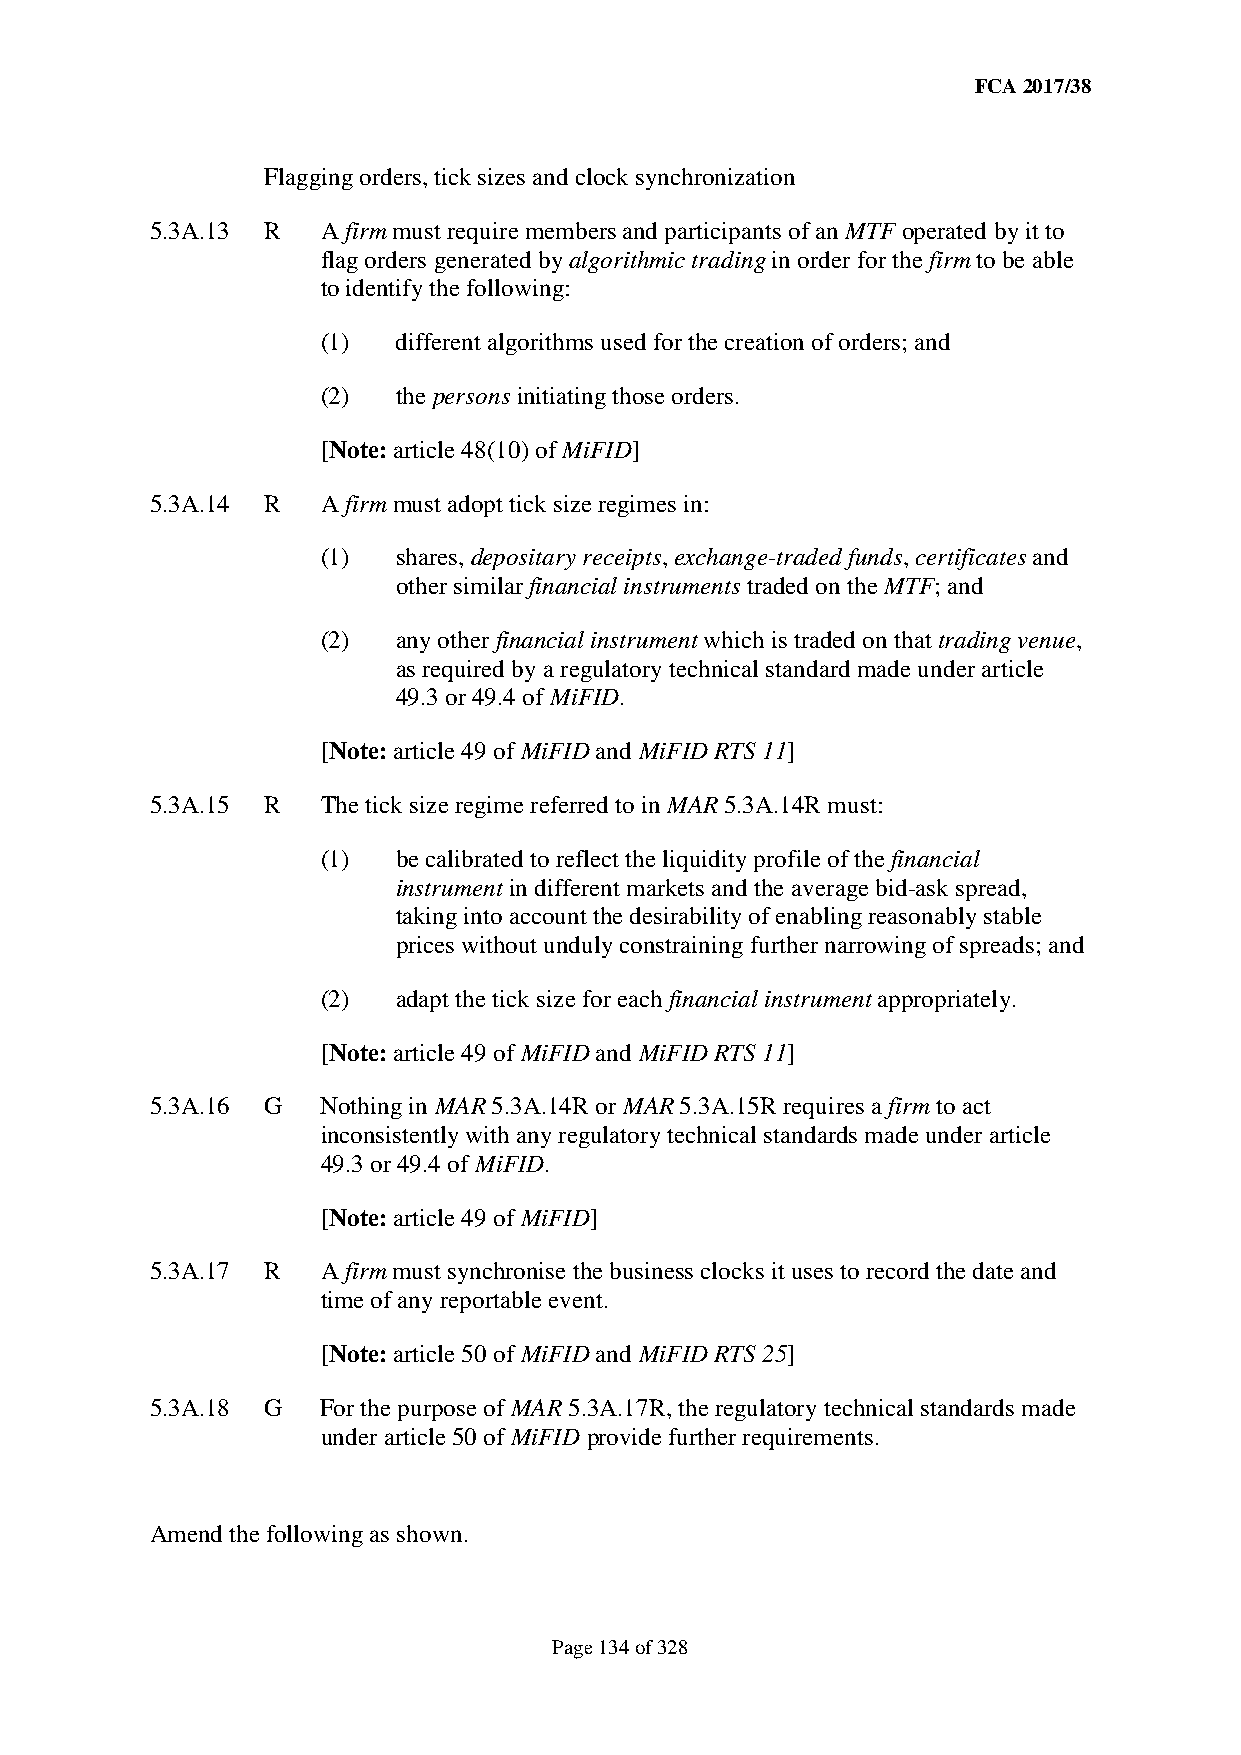
FCA 2017/38
 Flagging orders, tick sizes and clock synchronization
 5.3A.13 R  A firm must require members and participants of an MTF operated by it to
 flag orders generated by algorithmic trading in order for the firm to be able
 to identify the following:
 (1)  different algorithms used for the creation of orders; and
 (2)  the persons initiating those orders.
 [Note: article 48(10) of MiFID]
 5.3A.14 R  A firm must adopt tick size regimes in:
 (1)  shares, depositary receipts, exchange-traded funds, certificates and
 other similar financial instruments traded on the MTF; and
 (2)  any other financial instrument which is traded on that trading venue,
 as required by a regulatory technical standard made under article
 49.3 or 49.4 of MiFID.
 [Note: article 49 of MiFID and MiFID RTS 11]
 5.3A.15 R  The tick size regime referred to in MAR 5.3A.14R must:
 (1)  be calibrated to reflect the liquidity profile of the financial
 instrument in different markets and the average bid-ask spread,
 taking into account the desirability of enabling reasonably stable
 prices without unduly constraining further narrowing of spreads; and
 (2)  adapt the tick size for each financial instrument appropriately.
 [Note: article 49 of MiFID and MiFID RTS 11]
 5.3A.16 G  Nothing in MAR 5.3A.14R or MAR 5.3A.15R requires a firm to act
 inconsistently with any regulatory technical standards made under article
 49.3 or 49.4 of MiFID.
 [Note: article 49 of MiFID]
 5.3A.17 R  A firm must synchronise the business clocks it uses to record the date and
 time of any reportable event.
 [Note: article 50 of MiFID and MiFID RTS 25]
 5.3A.18 G  For the purpose of MAR 5.3A.17R, the regulatory technical standards made
 under article 50 of MiFID provide further requirements.
 Amend the following as shown.
 Page 134 of 328